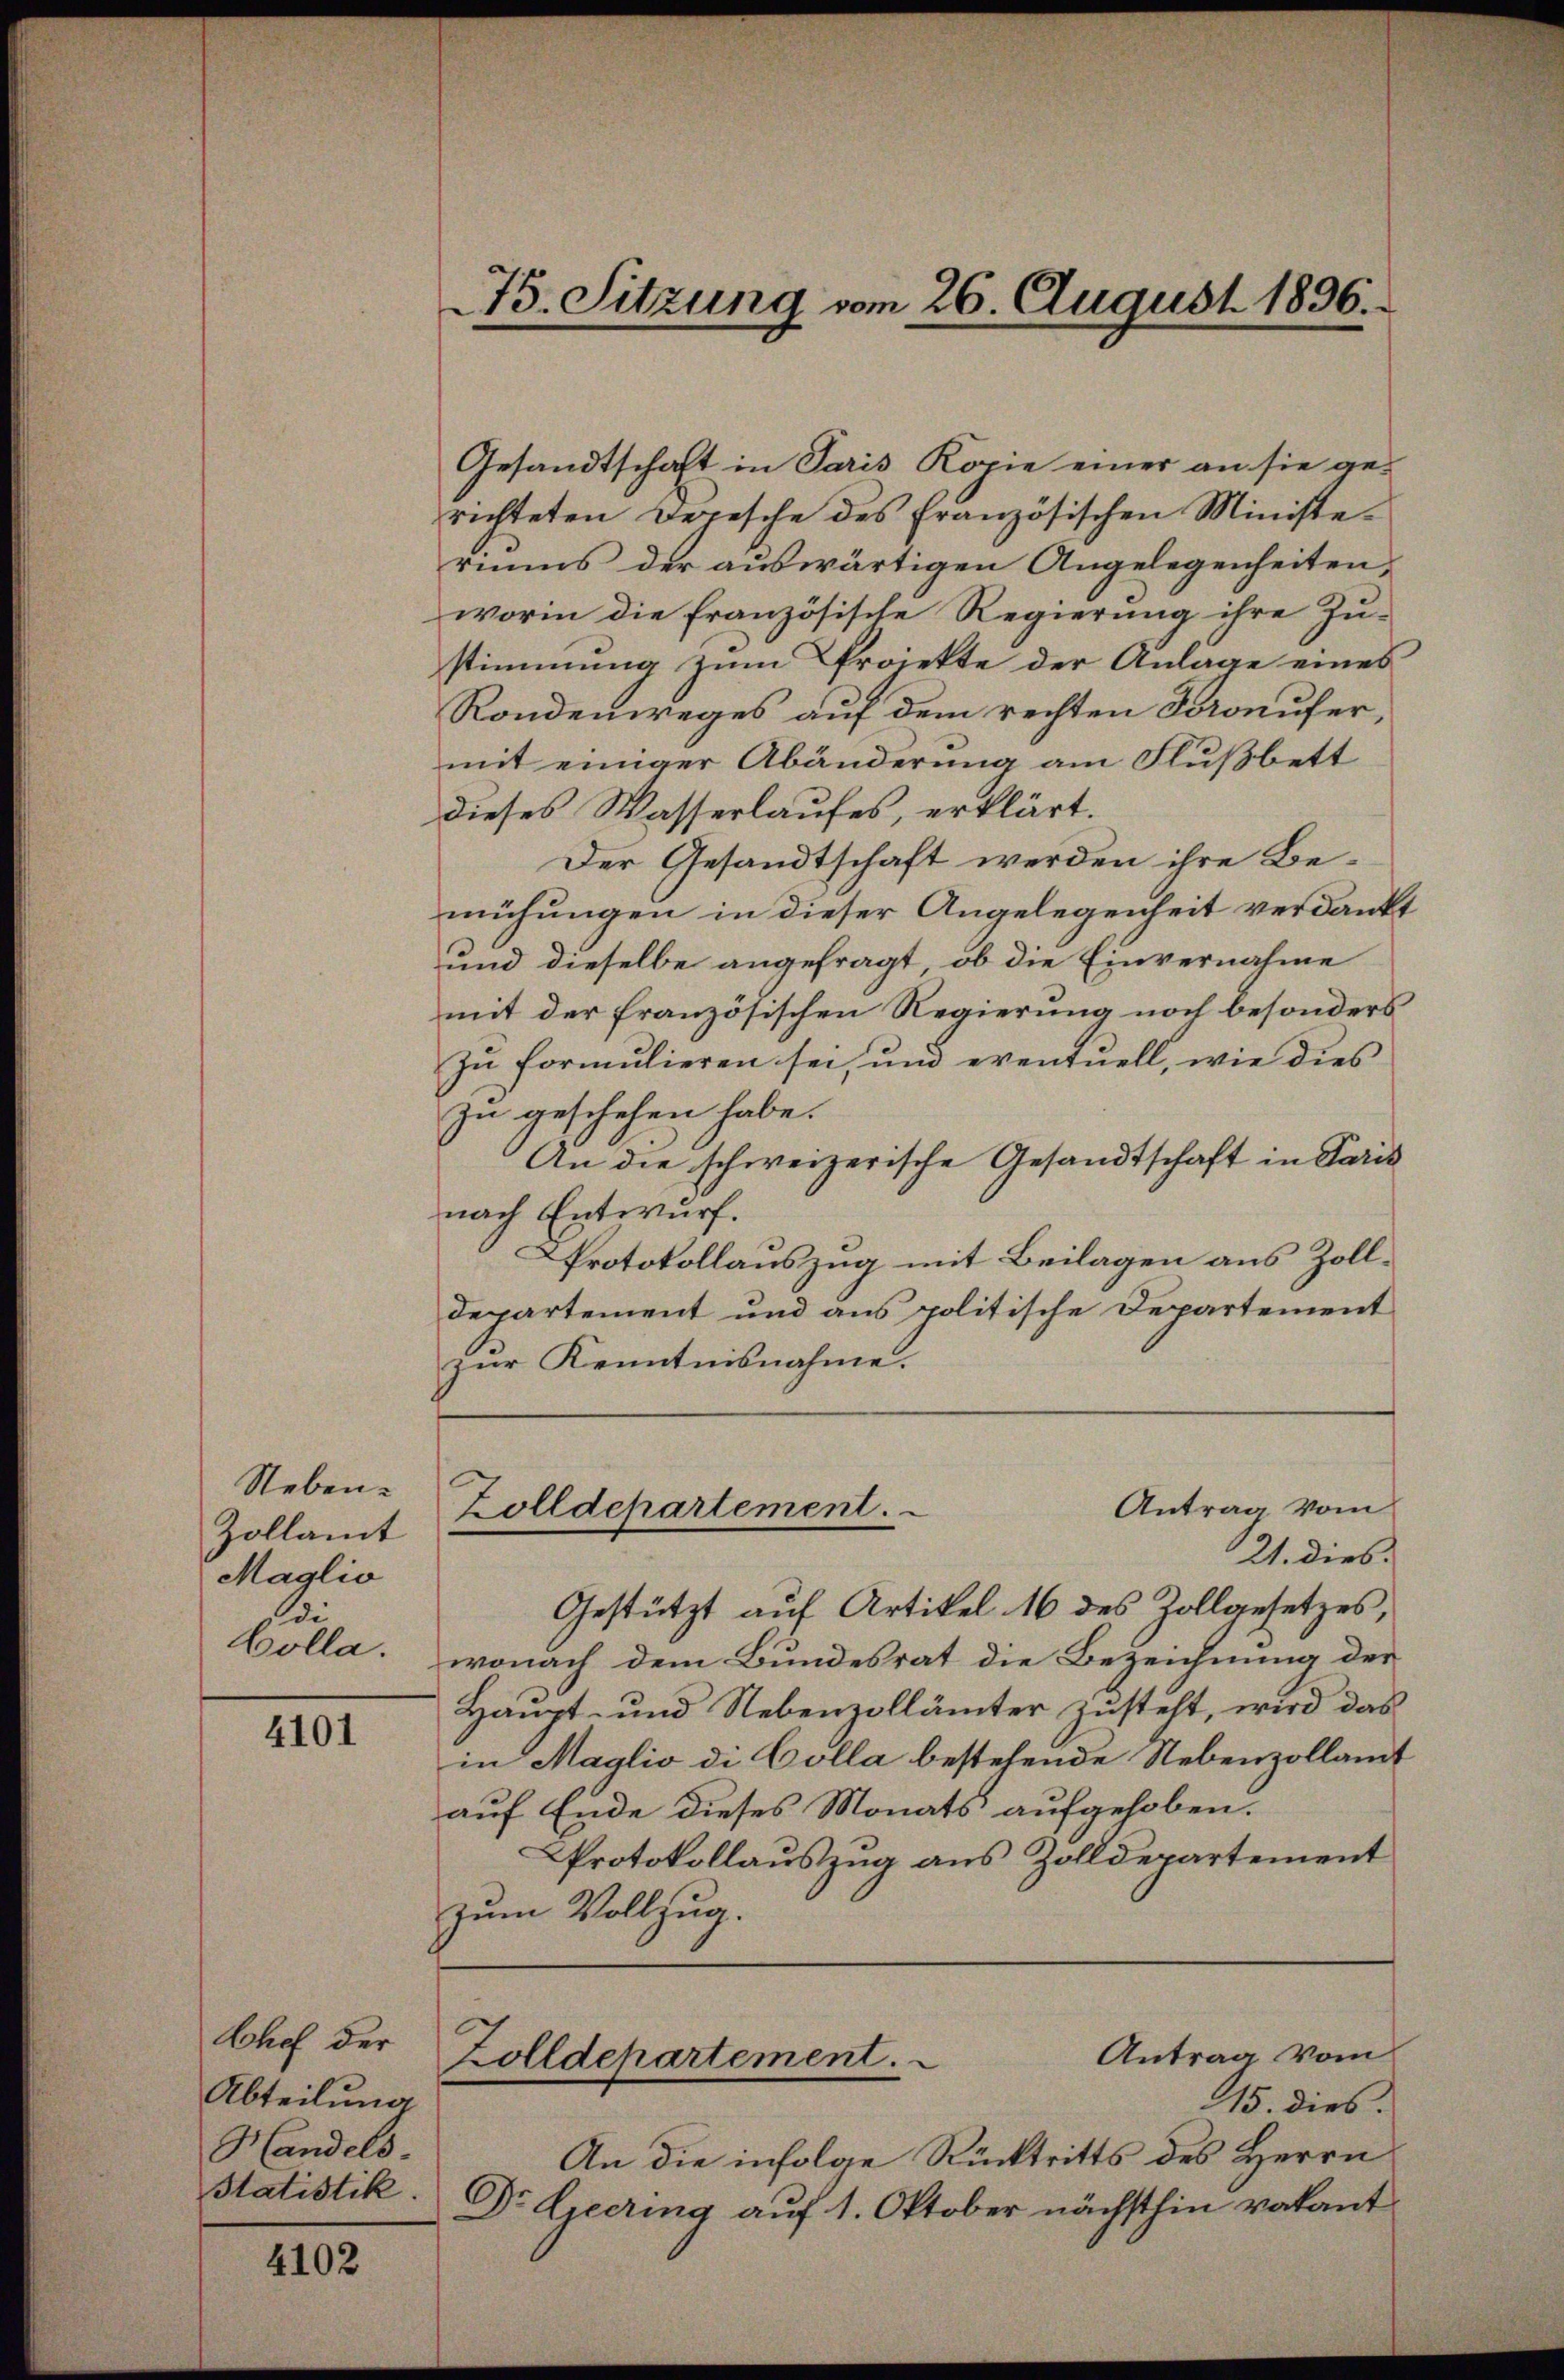
Neben.
Zollamt
Maglio
Di
Colla.

4101

Chef der
Abteilung
Handels-
Statistik.

4102

Gesandtschaft in Paris Kopie einer an sie gerichteten Depesche des französischen Ministeriums der auswärtigen Angelegenheiten,
worin die französische Regierung ihre Zustimmung zum Projekte der Anlage eines
Rondenweges auf dem rechten Doronufer,
mit einiger Abänderung am Flußbett
dieses Wasserlaufes, erklärt.
Der Gesandtschaft werden ihre Bemühungen in dieser Angelegenheit verdankt
und dieselbe angefragt, ob die Einvernahme
mit der französischen Regierung noch besonders
zu formulieren sei, und eventuell, wie dies
zu geschehen habe.
An die schweizerische Gesandtschaft in Paris
nach Entwurf.
Protokollauszug mit Beilagen aus Zoll¬
Departement und aus politische Departement
zur Kenntnisnahme.

Gestützt auf Artikel 16 des Zollgesetzes,

75. Sitzung vom 26. August 1896.

Antrag vom
Zolldepartement.
21. dies

wonach dem Bundesrat die Bezeichnung der
Haupt- und Nebenzollämter zusteht, wird das
in Maglio di Colla bestehende Nebenzollamt
auf Ende dieses Monats aufgehoben.
Protokollauszug aus Zolldepartement
zum Vollzug.

An die infolge Rücktritts des Herrn
Dr. Lieering auf 1. Oktober nächsthin vakant

Antrag vom
Zolldepartement.
15. dies